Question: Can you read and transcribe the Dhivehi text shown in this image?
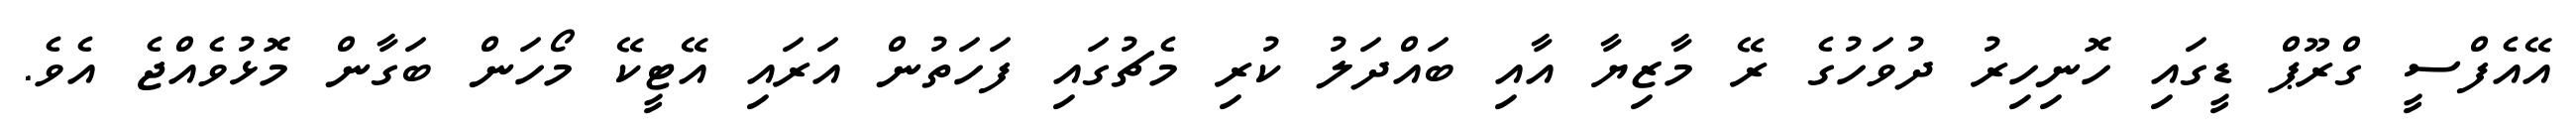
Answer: އޭއެފްސީ ގްރޫޕް ޑީގައި ހޮނިހިރު ދުވަހުގެ ރޭ މާޒިޔާ އާއި ބައްދަލު ކުރި މެޗުގައި ފަހަތުން އަރައި އޭޓީކޭ މޯހަން ބަގާން މޮޅުވެއްޖެ އެވެ.